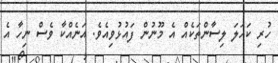
ހުރި ކަހަލަ ލިސާންތަކެއް އެ މޫނުން ފައުޅުވިއެވެ. އަނެއްކާ ވެސް ނިހާ އެ